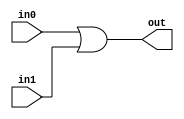
module corebit_or (
    input in0,
    input in1,
    output out
);
  assign out = in0 | in1;
endmodule

module Encoder4 (
    input [3:0] I,
    output [1:0] O
);
wire or_inst0_out;
wire or_inst1_out;
corebit_or or_inst0 (
    .in0(I[1]),
    .in1(I[3]),
    .out(or_inst0_out)
);
corebit_or or_inst1 (
    .in0(I[2]),
    .in1(I[3]),
    .out(or_inst1_out)
);
assign O = {or_inst1_out,or_inst0_out};
endmodule